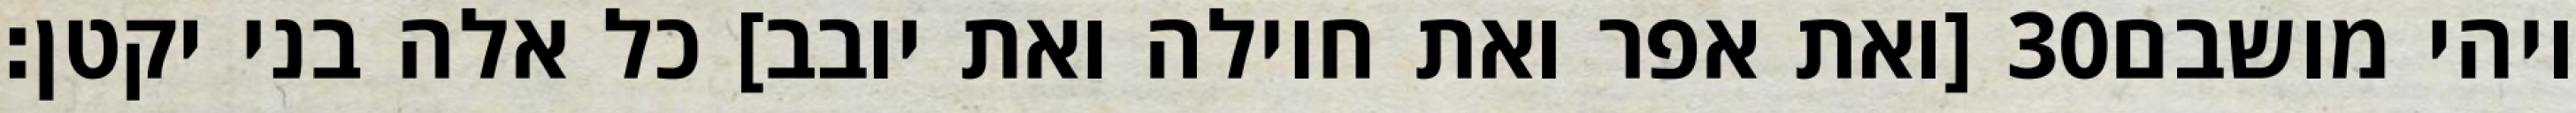
[ואת אפר ואת חוילה ואת יובב] כל אלה בני יקטן׃ ‎30‏ ויהי מושבם